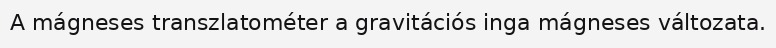
A mágneses transzlatométer a gravitációs inga mágneses változata.